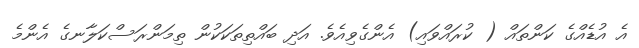
އެ އުޑެއްގެ ކަންތައް ( ކުރައްވައި) އެންގެވިއެވެ. އަދި ބައްތިތަކަކުން ތިމަންރަސްކަލާނގެ އެންމެ